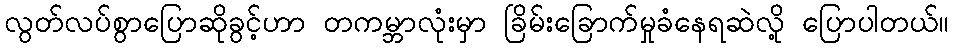
လွတ်လပ်စွာပြောဆိုခွင့်ဟာ တကမ္ဘာလုံးမှာ ခြိမ်းခြောက်မှုခံနေရဆဲလို့ ပြောပါတယ်။